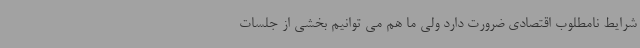
شرایط نامطلوب اقتصادی ضرورت دارد ولی ما هم می توانیم بخشی از جلسات